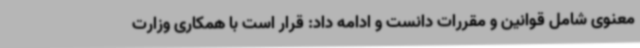
معنوی شامل قوانین و مقررات دانست و ادامه داد: قرار است با همکاری وزارت